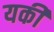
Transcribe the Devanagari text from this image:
यकीं